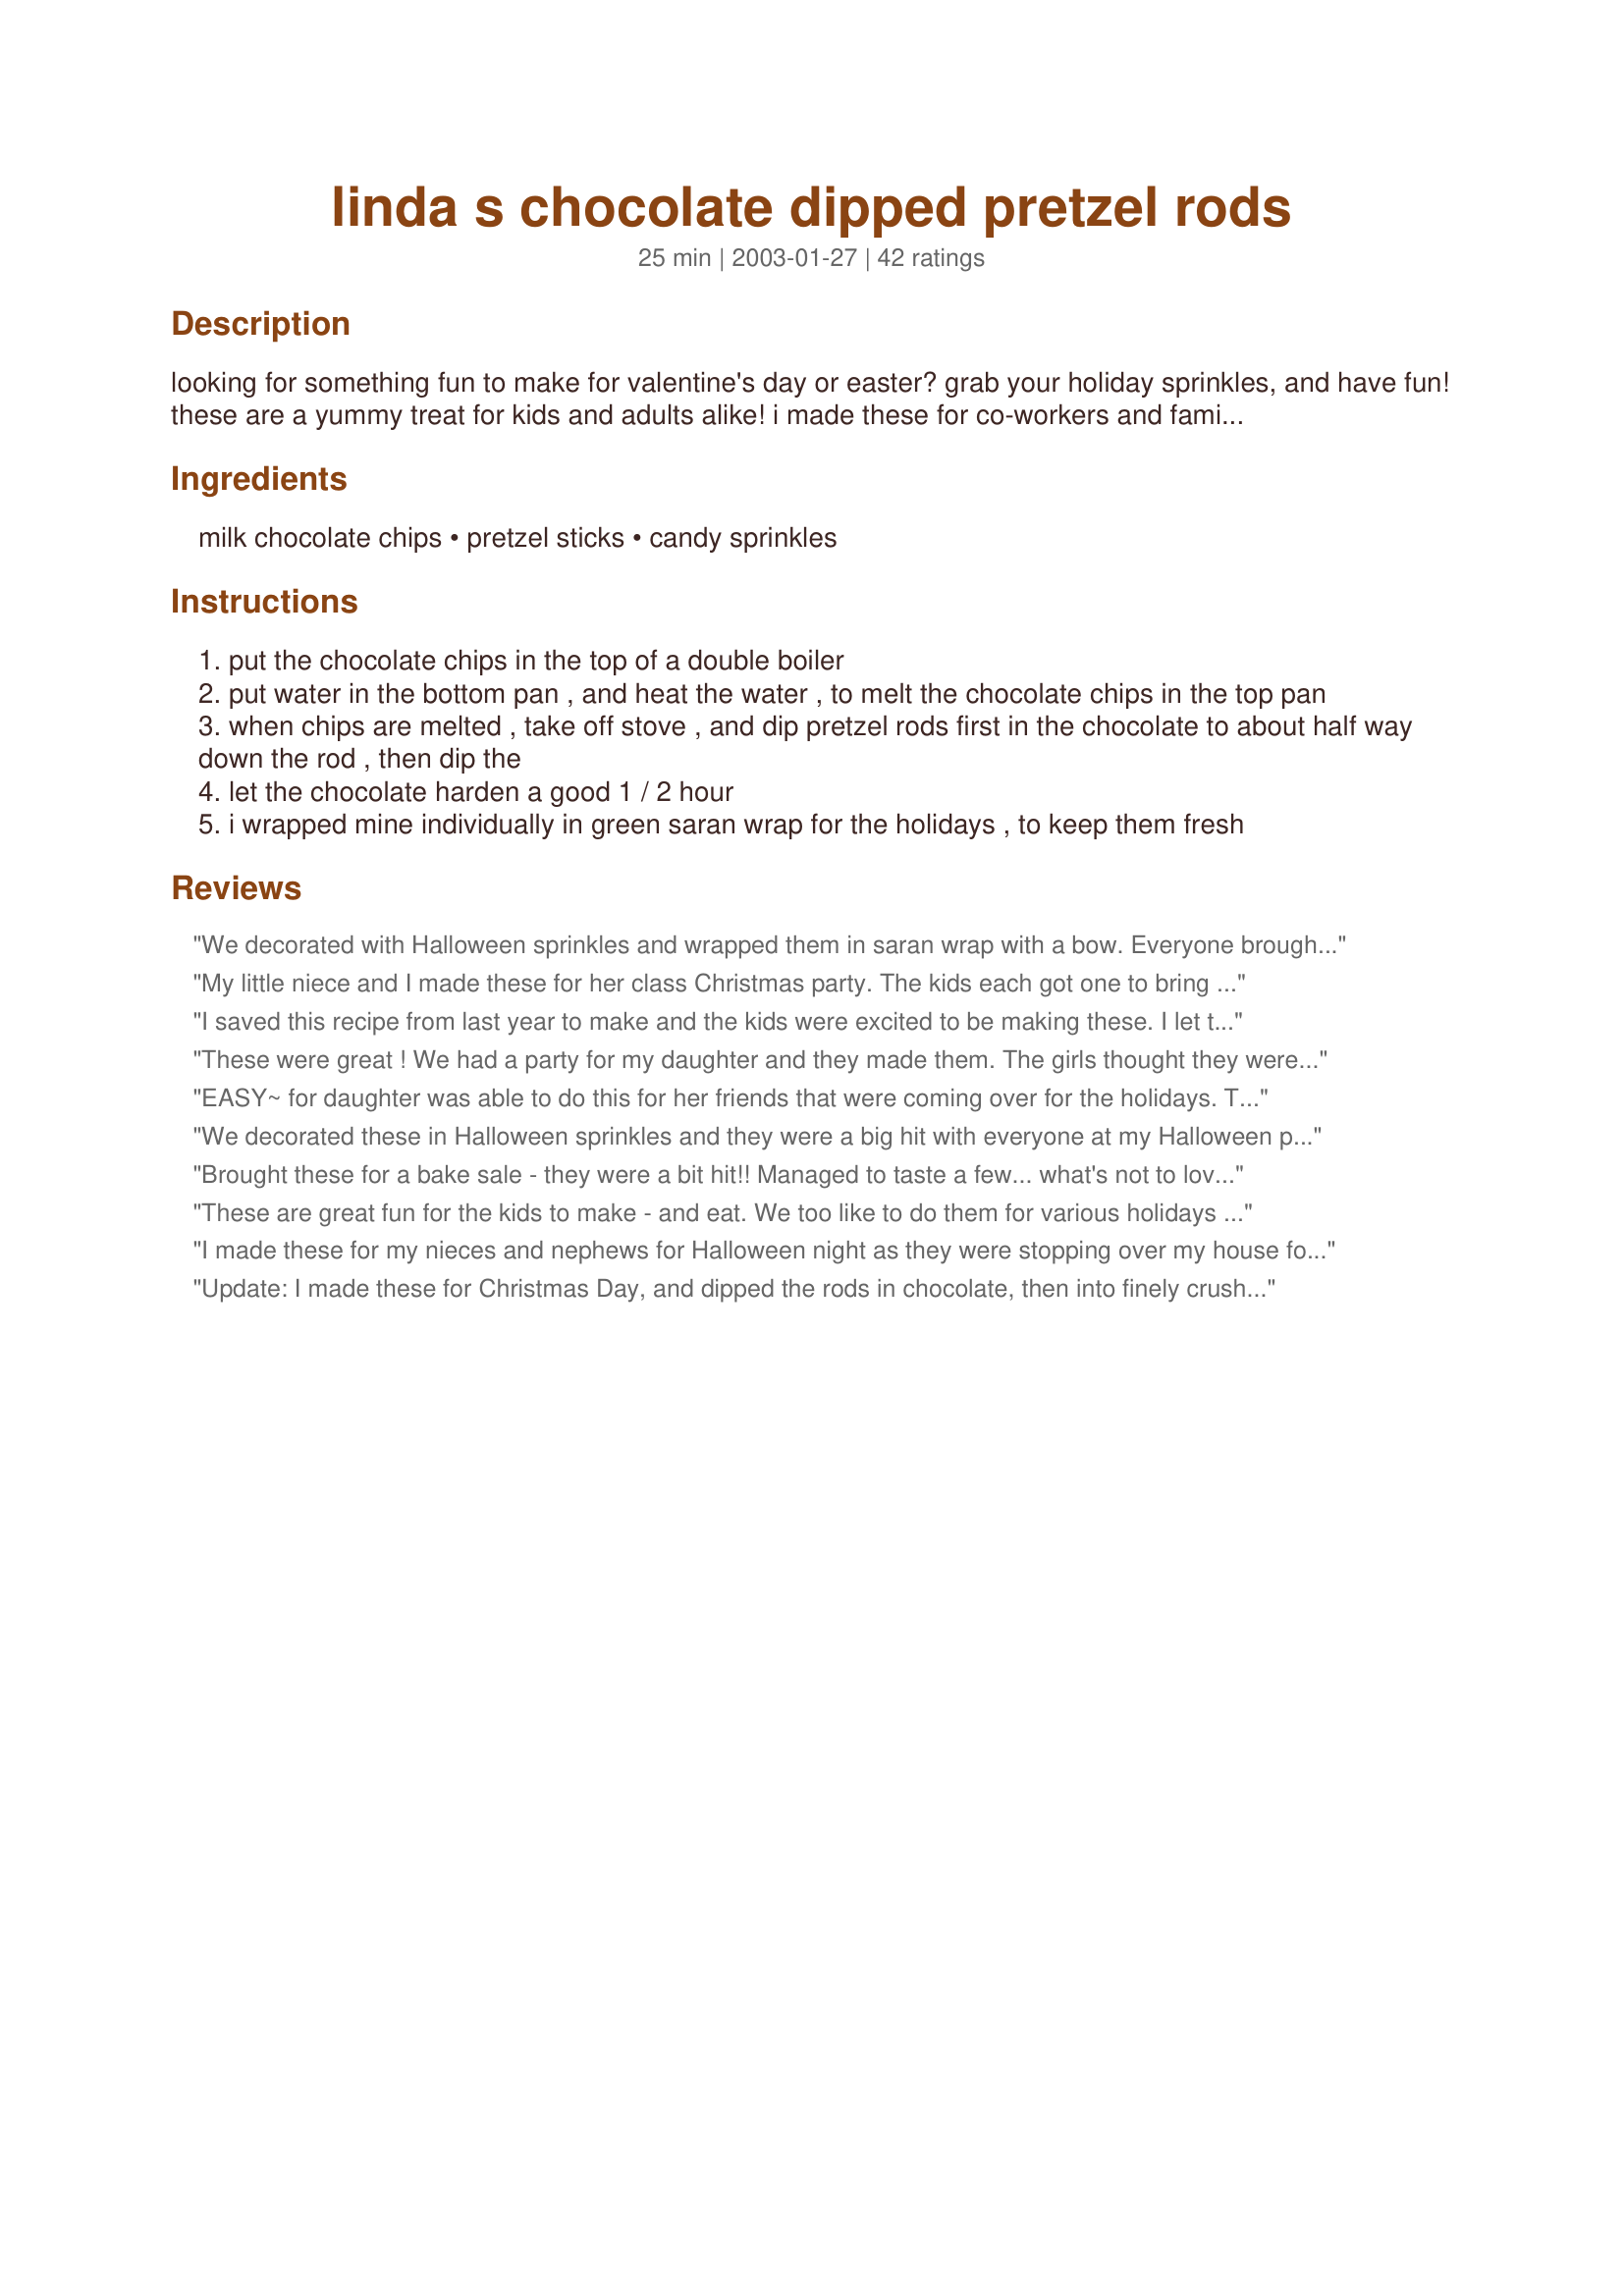
linda s chocolate dipped pretzel rods
Preparation time: 25 minutes

looking for something fun to make for valentine's day or easter? grab your holiday sprinkles, and have fun! these are a yummy treat for kids and adults alike! i made these for co-workers and family members during the holidays, and put some in gift baskets for christmas. you can also change the m&m's and use the pastel colored ones for easter to put in the kiddies easter baskets... you can make them for any of the holidays, by just using different holiday jimmies and candies... i wrapped in green and red saran wrap and tied with a coordinating ribbon for christmas. they look pretty enough to put on top of christmas presents or packages, use as party favors for kids, or as a place setting using a name tag tied with a ribbon to each one, so the kids know where their seats are. i have dipped them in caramel and then chocolate and sprinkled with nuts and m&m's. i have also used chopped candy bars such as butterfingers. you could even use the little cinnamon hot red candies for valentine's day! or put those cute candy hearts with the little sayings down the front with some sprinkles. the sky is the limit. use your imagination, and i am sure they will work fine for you too. great to do as a fun day with the kiddies too!

Ingredients:
milk chocolate chips, pretzel sticks, candy sprinkles

Steps:
put the chocolate chips in the top of a double boiler
put water in the bottom pan , and heat the water , to melt the chocolate chips in the top pan
when chips are melted , take off stove , and dip pretzel rods first in the chocolate to about half way down the rod , then dip the
let the chocolate harden a good 1 / 2 hour
i wrapped mine individually in green saran wrap for the holidays , to keep them fresh

Reviews:
We decorated with Halloween sprinkles and wrapped them in saran wrap with a bow. Everyone brought one home with them as a special gift from us for coming to our Halloween party!
My little niece and I made these for her class Christmas party. The kids each got one to bring home and they thought they were so cool. We made some with crushed nuts and milk chocolate too. We wrapped them in the colored saran wrap, and tied them with coordinating ribbons. They looked so pretty. Would be a great gift put in a box for that person your quite sure what to get for. Thanks Linda for this cleaver and versitile idea!
I saved this recipe from last year to make and the kids were excited to be making these. I let them do them and they loved using all the different Christmas sprinkles I had bought. They dipped them in melted caramels then after they were cool dipped them in milk chocolate, then drizzled in dark chocolate and white chocolate over the top, then decorated with some sprinkles. They are so cute and will make a great addition to my food gift baskets this year along with some flavored cocoa and coffee and chocolate spoons!
These were great ! We had a party for my daughter and they made them. The girls thought they were awesome ! 
We also melted the chocolate in the microwave, and I poured it into a tallish glass so there was more "coverage" of chocolate on the pretzel. 
We used crushed candy canes, and M&Ms too !
EASY~ for daughter was able to do this for her friends that were coming over for the holidays. Tasted great! She used pretzel rods and christmas jimmies. Thanks for sharing this one with us!
We decorated these in Halloween sprinkles and they were a big hit with everyone at my Halloween party this year! Thanks for sharing!
Brought these for a bake sale - they were a bit hit!! Managed to taste a few... what's not to love - chocolate and salt!! mmmm! Thanks Linda! :)
These are great fun for the kids to make - and eat. We too like to do them for various holidays (St. Patrick's Day, Halloween, etc.) with the sprinkles to match. Thanks for the great ideas for additional "sprinkles" - the Butterfingers were exceptional! Thanks for posting!!
I made these for my nieces and nephews for Halloween night as they were stopping over my house for some treats. I wanted to make something special and they all oowed and aahed over these. I dipped some in caramel then chocolate and then Halloween themed sprinkles and then others in chocolate, finely ground nuts and sprinkles. They all walked away with smiles on their faces and out the door to get their more traditional treats while munching on my treat for them! Thanks for sharing!
Update: I made these for Christmas Day, and dipped the rods in chocolate, then into finely crushed peppermint candy canes. Kids loved them! -------------- My grandaughter and I made these pretzel's along with Recipe #263943 and they were both a hit at my house. We made them for my grandaughter's preschool class. Everyone enjoyed them and thought they were so cute! Thank you for another winning recipe Linda
My son and I made these for Valentine's Day. Of course we had to "test" the product before giving them out. These were really easy to make and great. We used red and white sprinkles. My son had fun making them as did I.
Thank you for this easy recipe! I made them for end of year teacher gifts and placed them in clear plastic bags with colorful summertime-looking bows. I tested them on my kids and husband and they especially liked the ones dipped in toffee bits.
Trying these out on the kids before making for halloween. They loved decorating them. We used milk chocolate M&M candies for halloween, and crushed them before rolling the pretzels in them. Kids loved them. .............................................. Update: I made them for the kids coming to our Easter Hunt this year, and used Easter Sprinkles to cover the chocolate. These are quick to whip up and look pretty and taste great!
Try adding mint candy flavoring to the chocolate and using bite size pretzels. Also, try dipping ridge potato chips in chocolate. Ummmm!

I made these for Valentines Day for my niece and nephews using heart and pink sprinkles. The kids loved them and the adults were mad I didn't make them any!
Everyone loved these pretzels!
Update: I made these to give to my nieces and nephews for Easter. I used milk chocolate along with pastel sprinkles on some and some crushed pastel M&M's on some others. I wrapped in the colored Easter Basket Wrap, then added a bow made out of pastel ribbon. I can't wait for them to see how great they came out!!! ~~~~~~~ My nieces and I made these for a party at church, and everyone loved them. They used milk chocolate chips and then dipped them in crushed Butterfinger pieces. Great idea! Elaine
These are delicious and couldn't be easier. It love the chocolate with the saltiness of the pretzels. Thanks so much.
Great recipe! I also used the holiday jimmies...very easy and yummy! Thanks for sharing!
Wow, this was so easy, and yet so...classy! I made these for a holiday party, and bought a container with about 8 different types of sprinkles, plus some toffee bits to roll them in. I made quite the assortment. Looked and tasted great! Why didn't I think of this before? I'm going to make more for the next get-together!
This is a quick and easy snack or treat...so quick in fact that I put them together this morning before sending the kids off to school. I melted the chocolate chips in the microwave and placed the melted chocolate in a small, narrow juice glass. I twisted the pretzel to remove some of the excess chocolate then gently rolled them in the sprinkles. I placed them on a cookie sheet with waxed paper in the refrigerator before wrapping them individually. My son was excited to help and they look great! Definitely keeping these in mind for kids parties and snacks!
My kids are gonna flip when I give them these for Valentine's Day! They came out so good. I dipped them in melted caramel first, then rolled them in finely chopped nuts and red sprinkles. I wrapped them in pink clear wrap and tied red ribbon around the bottom. So cute! These are really great and are something different to make for any of the holidays or school activities the kids might have during the year.
I made these for our cookout for the 4th of July. I hope the kids like them. I couldn't resist trying one myself and they are excellent! I used caramel, then chocolate, then red white and blue sprinkles. They look so patriotic!
Easy and tasty. I used a couple of squares of baking chocolate chopped, melted in microwave at 50% power in 30 second increments. Used the little pretzel sticks. Next time will be the pretzel rods. Omitted the sprinkles.
This was an ideal munchie to add to my Halloween buffet this year! These were the first things to go on the table! I look forward to making them for Thanksgiving when my family comes for the holiday!
The kids went crazy for these when they saw them in their baskets. I decorated them with chocolate then pastel sprinkles and wrapped them in colored cellophane paper with a bow. So cute and so delicious!
I son and I made these together for his day care class. I dipped them in caramel, then let them cool, then dipped them in milk chocolate. Then I sprinkled on finely chopped nuts and Christmas sprinkles. They looked so cute individually wrapped in colored saran wrap with Christmas bows. The kids loved them so much and were so happy to get this special treat at their Christmas party yesterday! The kids had fun picking out the one they wanted. They went over with great success and my son was beaming from ear to ear as he proudly passed them out! I am going to add these to my Christmas trays and boxes too, as they are colorful and delicious!
I made a test run on these to make for Easter this year. I dipped in caramel, and let it harden, then dipped in chocolate and then rolled in crushed pastel M&M's... Worked great! The kids are going to love these along with Linda's Easter Eggs that I will be making for Easter too! I will be wrapping the Easter ones in pastel colored saran wrap, probably the green, and tying with ribbons like Linda suggests. Awesome Linda! Wiggie
Fabulous! I used multicoloured sprinkles (the tiny round ones) and they just looked gorgeous!
I should also tell you that I melted my chocolate in the microwave. It worked great! I'm putting these out for a party. I can't wait to see the reaction of the kids.
My DS and I were looking for something to do together this weekend and we made these with items we had in the pantry. I melted my chocolate in the microwave and used the small pretzel sticks (not the large pretzel rods) to made bite-size treats! Hardest part was waiting for the chocolate to set. DS is planning to give them to his teacher for Christmas this year.
Made these for christmas cookie plates to give away last year.
Was easy!
We stood the dipped pretzels in a glass while the chocolate hardened.
I didn't have chocolate chips but used white almond bark instead and they were wonderful and the grandkids had a blast making these and giving them as gifts for their teachers. Thanks for posting such a tasty and fun kid friendly recipe. Making these will become a tradition for our family from now on.
I used the lg. pretzel rods and dipped in milk chocolate, then decorated with pastel Easter sprinkles. They look so pretty wrapped in pastel saran wrap pieces and tied with coordinating bows. My nieces and nephews and kids are going to love these in their Easter Baskets. I know they will be thrilled to have these to munch on. They are so yummy!
These are really easy to make. I have a zillion different kinds of sprinkles in the cupboard so can make these for what ever holiday is coming up. I just left them on the wax paper and put them in a tupperware container. What is nice about this recipe is you can make the whole batch or just melt enough chips to make a dozen. Made for *Zaar Stars* game 2008
I have made these for years, they ARE wonderful gifts in the lovely little holiday snack bags.
I love to dip mine in the milk chocolate and let cool. Then I melt some pretty green mint chips that I use a spoon to just drizzle over and around the dark. My favorite is to dip in the melted mint and while warm I roll in crushed peppermint candies...gorgeous and very Yummy!!!
DIpped in chocolate and Halloween sprinkles, these were so cute. I gave one to each of my guests when they arrived. I wrapped them in orange Easter foil and tied with a black bow. The goblins really liked these tasty treats!
Decorated them with Halloween sprinkles and they were given out at our house for Halloween. The kids ohhed and ahhed each time I passed them out. These don't take much time to make and the reactions from the kids are worth every minute it took to whip them up! I think I will be making these from now on to pass out on Halloween!!!
I mixed this recipe up a bit and used white chocolate chips and crushed up candy canes instead of sprinkles. Very festive, which was convenient since that was the key attraction of my gift baskets for friends and coworkers.
What a great idea for the holidays. I made for my Halloween luncheon at work and everyone got a kick out of them! I am going to make them for my family for Christmas and wrap them in colored saran wrap and put them on top of my packages this year!
I used Halloween sprinkles and made these for each of my Halloween party guests go bring home. Everyone thought they were so cute and they had never seen anything like it! I will be making these again for my family at Christmas too!
This is excellent! Great taste, using milk chocolate chips and really festive in appearance, easy to make. The recipe would go faster with a grandchild or spouse to help dip the pretzels.
This was a great little entertainer for my 3 year old. She had so much fun 'cooking' these. Thanks for posting!
